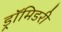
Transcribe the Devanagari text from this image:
ड्रॉमिडरी